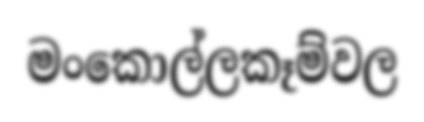
මංකොල්ලකෑම්වල